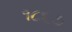
૧૮૬૭